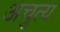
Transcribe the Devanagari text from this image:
अचुत्य